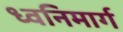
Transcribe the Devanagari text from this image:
ध्वनिमार्ग